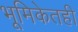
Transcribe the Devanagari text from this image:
भूमिकेतही